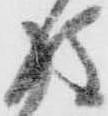
後